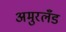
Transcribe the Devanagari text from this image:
अमुरलँंड